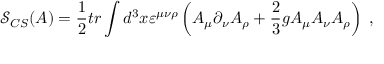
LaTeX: \mathcal { S } _ { C S } ( A ) = \frac 1 2 t r \int d ^ { 3 } x \varepsilon ^ { \mu \nu \rho } \left( A _ { \mu } \partial _ { \nu } A _ { \rho } + \frac 2 3 g A _ { \mu } A _ { \nu } A _ { \rho } \right) \; ,